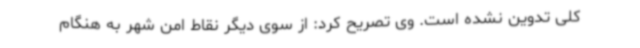
کلی تدوین نشده است. وی تصریح کرد: از سوی دیگر نقاط امن شهر به هنگام